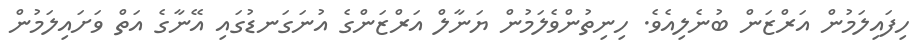
ހިފައިލަމުން އަރްޒަން ބުނެލިއެވެ. ހިނިތުންވެލަމުން ޔަނާލް އަރްޒަންގެ އުނަގަނޑުގައި އޭނާގެ އަތް ވަށައިލަމުން